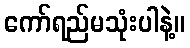
ကော်ရည်မသုံးပါနဲ့။